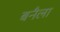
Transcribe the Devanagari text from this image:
बनैला